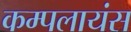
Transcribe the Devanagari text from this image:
कम्पलायंस